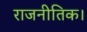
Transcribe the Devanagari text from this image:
राजनीतिक।